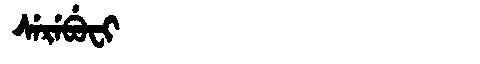
Manchu: ᠰᡝᡵᡝᠪᡠᠸᡳ
Romanization: SEREBUFI